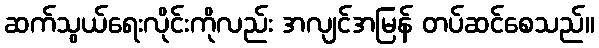
ဆက်သွယ်ရေးလိုင်းကိုလည်း အလျင်အမြန် တပ်ဆင်စေသည်။